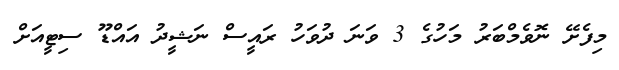
މިފެށޭ ނޮވެމްބަރު މަހުގެ 3 ވަނަ ދުވަހު ރައީސް ނަޝީދު އައްޑޫ ސިޓީއަށް